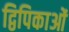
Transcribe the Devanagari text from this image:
द्विपिकाओं